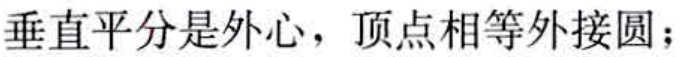
垂直平分是外心，顶点相等外接圆；